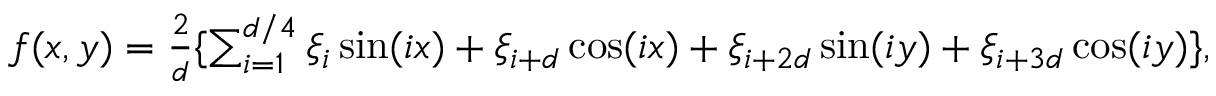
\begin{array} { r } { f ( x , y ) = \frac { 2 } { d } \{ \sum _ { i = 1 } ^ { d / 4 } \xi _ { i } \sin ( i x ) + \xi _ { i + d } \cos ( i x ) + \xi _ { i + 2 d } \sin ( i y ) + \xi _ { i + 3 d } \cos ( i y ) \} , } \end{array}